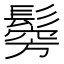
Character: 𩮇